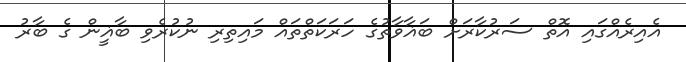
އެއިރެއްގައި އޮތް ސަރުކާރަށް ބަޣާވާތުގެ ހަރަކަތްތައް މައިތިރި ނުކުރެވި ބާޣީން ގެ ބާރު